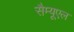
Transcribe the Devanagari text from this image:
सैम्यूएल